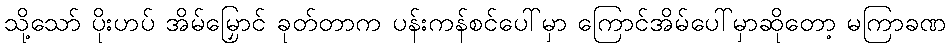
သို့သော် ပိုးဟပ် အိမ်မြှောင် ခုတ်တာက ပန်းကန်စင်ပေါ်မှာ ကြောင်အိမ်ပေါ်မှာဆိုတော့ မကြာခဏ